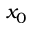
x _ { 0 }